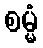
စမ္မံ